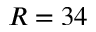
R = 3 4